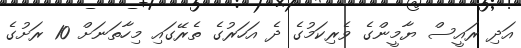
އަދި ރައީސް ޔާމީންގެ ވެރިކަމުގެ ދެ އަހަރުގެ ތެރޭގައި މިހާތަނަށް 10 ރަށުގެ